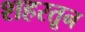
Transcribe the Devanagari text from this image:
शहरतून